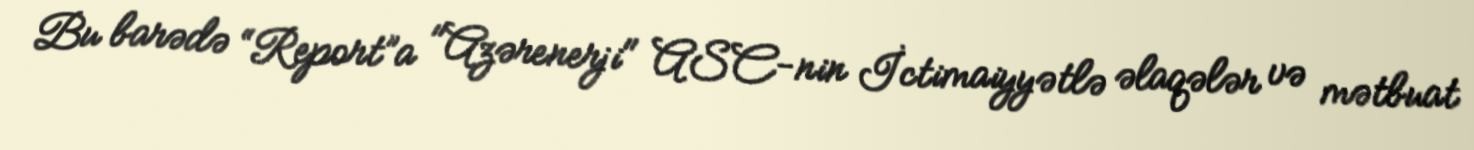
Bu barədə “Report”a "Azərenerji" ASC-nin İctimaiyyətlə əlaqələr və mətbuat